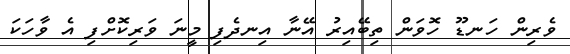
ވެރިން ހަނޑޫ ހޮވަން ތިބޭއިރު އޭނާ އިނދެފި މީނަ ވަރިކޮށްފި އެ ވާހަކަ